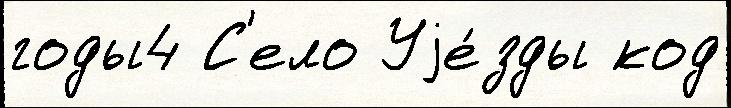
годы4 С'ело Уjе́зды код